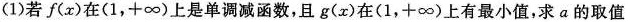
(1)若f(x)在(1，+∞)上是单调减函数，且g(x)在(1，+∞)上有最小值，求a的取值